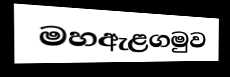
මහඇළගමුව